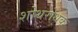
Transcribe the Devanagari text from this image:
शोथरोधक